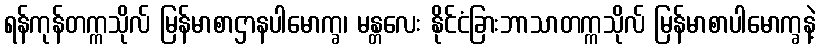
ရန်ကုန်တက္ကသိုလ် မြန်မာစာဌာနပါမောက္ခ၊ မန္တလေး နိုင်ငံခြားဘာသာတက္ကသိုလ် မြန်မာစာပါမောက္ခနဲ့